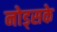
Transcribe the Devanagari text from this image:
नोड्सके